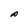
Character: P